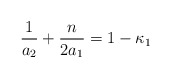
\begin{align*}\frac{1}{a_2}+\frac{n}{2a_1}=1-\kappa_1\end{align*}